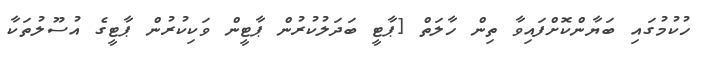
ހުކުމުގައި ބަޔާންކޮށްފައިވާ ތިން ހާލަތް [ޕާޓީ ބަދަލުކުރުން ޕާޓީން ވަކިކުރުން ޕާޓީގެ އުސޫލުތަކާ